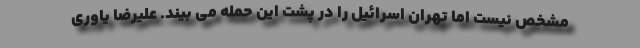
مشخص نیست اما تهران اسرائیل را در پشت این حمله می بیند. علیرضا یاوری